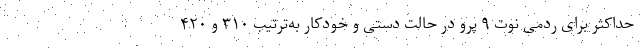
حداکثر برای ردمی نوت ۹ پرو در حالت دستی و خودکار به‌ترتیب ۳۱۰ و ۴۲۰